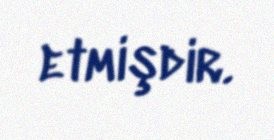
etmişdir.